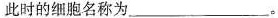
此时的细胞名称为___。